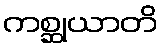
ကစ္ဆုယာတိ